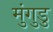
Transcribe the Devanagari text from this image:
मुंगुडु